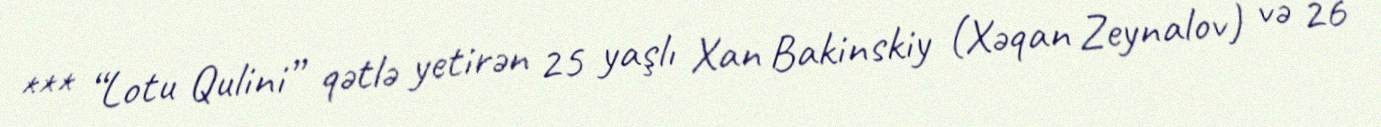
*** “Lotu Qulini” qətlə yetirən 25 yaşlı Xan Bakinskiy (Xəqan Zeynalov) və 26